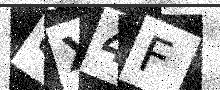
Text: 8X4F